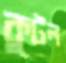
কুটল